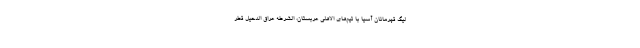
لیگ قهرمانان آسیا با تیم‌های الاهلی عربستان، الشرطه عراق الدحیل قطر